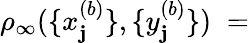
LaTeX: \rho_{\infty}(\{ x_{\mathbf{j}}^{(b)}\} ,\{ y_{\mathbf{j}}^{(b)}\} )\; =